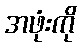
အဖုံးကို